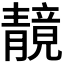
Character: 𫕼